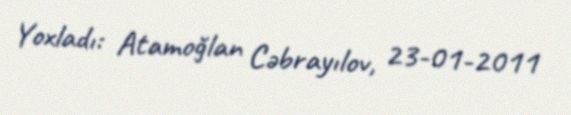
Yoxladı: Atamoğlan Cəbrayılov, 23-01-2011